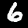
Digit: 6